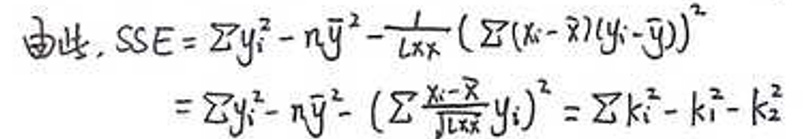
\[
\begin{align*}
\text{由此}, \text{SSE}&=\sum y_{i}^{2}-n\bar{y}^{2}-\frac{1}{l_{xx}}\left(\sum(x_{i}-\bar{x})(y_{i}-\bar{y})\right)^{2}\\
&=\sum y_{i}^{2}-n\bar{y}^{2}-\left(\sum\frac{x_{i}-\bar{x}}{\sqrt{l_{xx}}}y_{i}\right)^{2}=\sum k_{i}^{2}-k_{1}^{2}-k_{2}^{2}
\end{align*}
\]